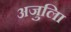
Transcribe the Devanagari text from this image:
अजुलिा